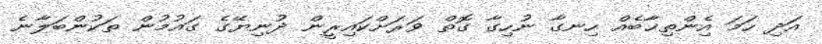
އަދި ހަމަ އެެިންތިޚާބެއް ހިނގާ ނުހިގާ ގޮތް ވަރަށްކައިރީން ދުނިޔޭގެ ގައުމުން ތަކުންބަލާނެ